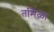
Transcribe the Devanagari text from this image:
तमिळा